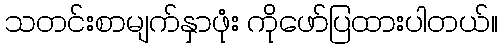
သတင်းစာမျက်နှာဖုံး ကိုဖော်ပြထားပါတယ်။